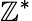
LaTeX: \mathbb{Z}^{*}